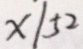
x / 5 2